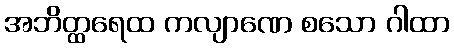
အဘိတ္ထရေထ ကလျာဏေ စသော ဂါထာ